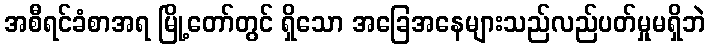
အစီရင်ခံစာအရ မြို့တော်တွင် ရှိသော အခြေအနေများသည်လည်ပတ်မှုမရှိဘဲ